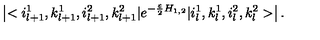
\left| < i _ { l + 1 } ^ { 1 } , k _ { l + 1 } ^ { 1 } , i _ { l + 1 } ^ { 2 } , k _ { l + 1 } ^ { 2 } | e ^ { - \frac { \varepsilon } { 2 } H _ { 1 , 2 } } | i _ { l } ^ { 1 } , k _ { l } ^ { 1 } , i _ { l } ^ { 2 } , k _ { l } ^ { 2 } > \right| .